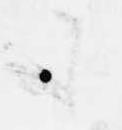
も